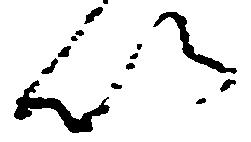
以